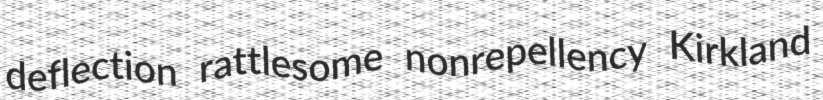
deflection rattlesome nonrepellency Kirkland